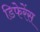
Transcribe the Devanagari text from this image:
डिफेरेंस